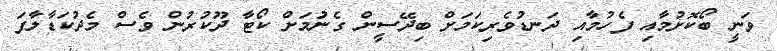
ވަނީ ބޯކޮށުމާއި ފެހުމާއި ދަނޑުވެރިކަމަށް ބިދޭސީން ގެނަުމަށް ކޯޓާ ދޫކުރުން ވެސް މެދުކަޑާލާފަ